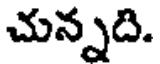
చున్నది.